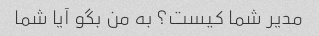
مدیر شما کیست؟ به من بگو آیا شما